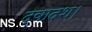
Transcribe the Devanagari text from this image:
द्वादश।